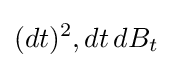
(dt)^{2},dt\,dB_{t}